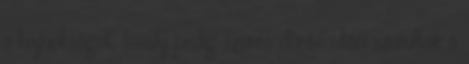
a bajnokságot, tavaly pedig szoros döntő után szorultak a